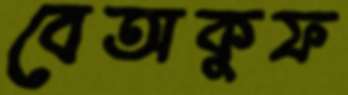
বেঅকুফ